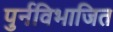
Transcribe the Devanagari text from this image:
पुर्नविभाजित